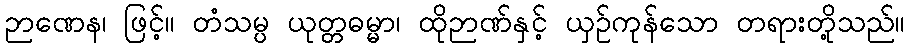
ဉာဏေန၊ ဖြင့်။ တံသမ္ပ ယုတ္တဓမ္မာ၊ ထိုဉာဏ်နှင့် ယှဉ်ကုန်သော တရားတို့သည်။